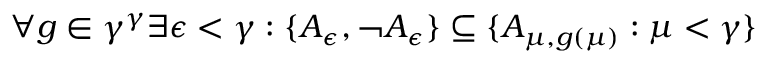
\forall g \in \gamma ^ { \gamma } \exists \epsilon < \gamma : \{ A _ { \epsilon } , \neg A _ { \epsilon } \} \subseteq \{ A _ { \mu , g ( \mu ) } : \mu < \gamma \}